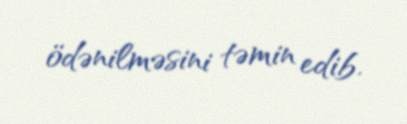
ödənilməsini təmin edib.